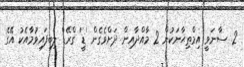
2. ސާނަވީ އިމްތިޙާނަކުން 2 މާއްދާއިން ދަށްވެގެން 'ޑީ' ގްރޭޑް ލިބިފައިވުމާއެކު އޭގެ